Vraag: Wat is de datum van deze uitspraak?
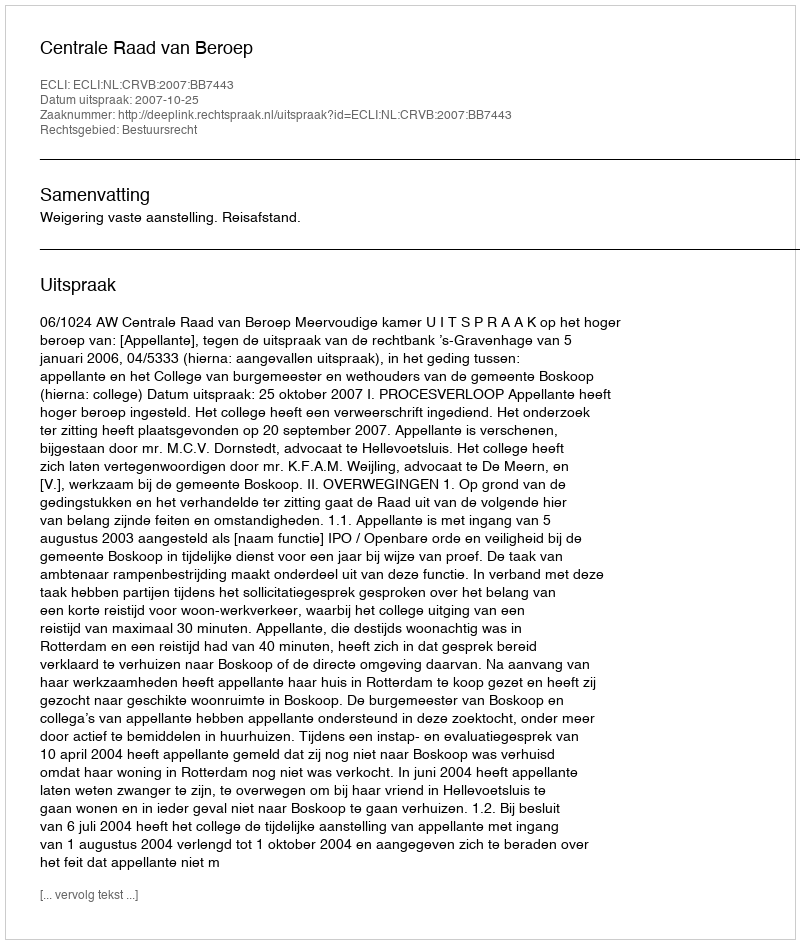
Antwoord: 2007-10-25